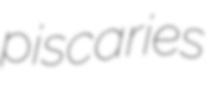
piscaries